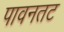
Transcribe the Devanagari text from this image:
पावनतट